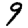
Digit: 9